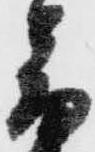
音